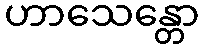
ဟာသေန္တော